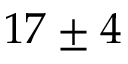
1 7 \pm 4